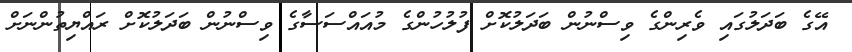
އޭގެ ބަދަލުގައި ވެރިންގެ ވިސްނުން ބަދަލުކޮށް ފުލުހުންގެ މުއައްސަސާގެ ވިސްނުން ބަދަލުކޮށް ރައްޔިތުންނަށް